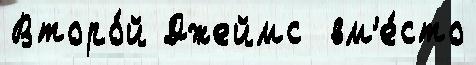
Второ́й Джеймс  вм'е́сто